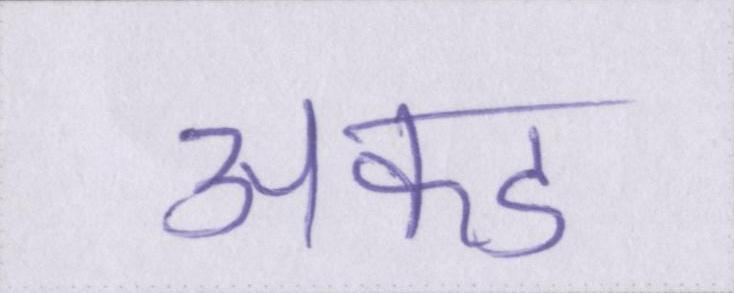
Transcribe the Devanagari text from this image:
अकड